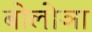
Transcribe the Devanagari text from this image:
बोलोञा